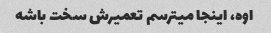
اوه، اینجا میترسم تعمیرش سخت باشه